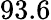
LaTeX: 93.6